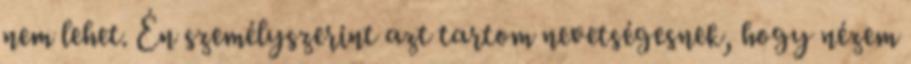
nem lehet. Én személyszerint azt tartom nevetségesnek, hogy nézem